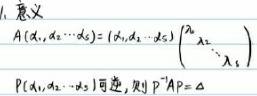
1. 意义
\[
A(d_1,\cdots,d_s)=(d_1,\cdots,d_s)\begin{pmatrix}
\lambda_1 & & \\
& \ddots & \\
& & \lambda_s
\end{pmatrix}
\]
\[
P(\lambda_1,\lambda_2,\cdots,\lambda_s)可逆，则P^{-1}AP = \Lambda
\]